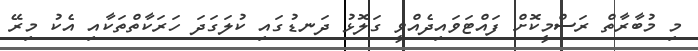
މި މުބާރާތް ރަސްމީކޮށް ފައްޓަވައިދެއްވީ ގަލޮޅު ދަނޑުގައި ކުލަގަދަ ހަރަކާތްތަކާއި އެކު މިރޭ